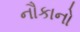
નૌકાનો